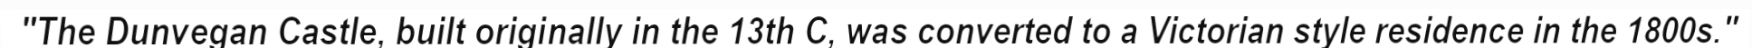
"The Dunvegan Castle, built originally in the 13th C, was converted to a Victorian style residence in the 1800s."